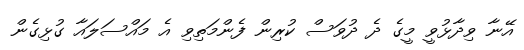
އޭނާ ވިދާޅުވީ މީގެ ދެ ދުވަސް ކުރިން ފެންމަތިވި އެ މައްސަލައާ ގުޅިގެން